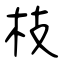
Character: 枝